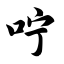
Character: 咛